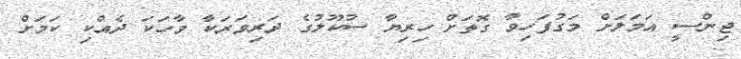
ޖިންސީ އަމަލަށް މަގުފަހިވާ ގޮތަށް ހިރިޔާ ސުކޫލުގެ ދަރިވަރަކާ ވާހަކަ ދެއްކި ކަމަށް